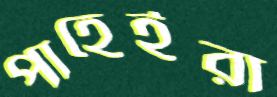
পাহেইরা